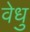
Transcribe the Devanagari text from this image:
वेधु